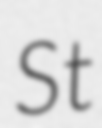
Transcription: St